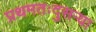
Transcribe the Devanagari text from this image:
प्रथमतःदुसऱ्या